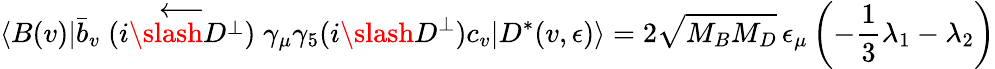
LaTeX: \langle B(v)|\bar{b}_{v}\stackrel{\longleftarrow}{(i\slash{D}^{\perp})}\gamma_{\mu}\gamma_{5}(i\slash{D}^{\perp})c_{v}|D^{*}(v,\epsilon)\rangle=2\sqrt{M_{B}M_{D}}\, \epsilon_{\mu}\left(-\frac{1}{3}\lambda_{1}-\lambda_{2}\right)